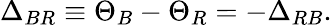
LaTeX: \Delta_{BR}\equiv\Theta_{B}-\Theta_{R}=-\Delta_{RB}.